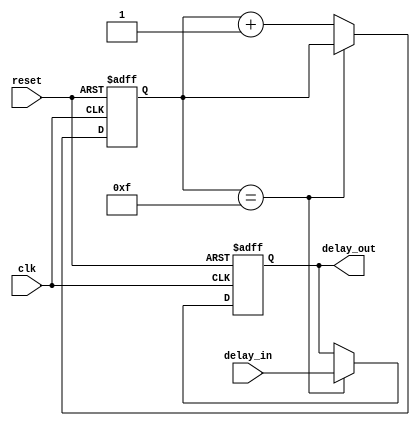
module latch_delay(
    input wire clk,
    input wire reset,
    input wire delay_in,
    output reg delay_out
);

reg [3:0] delay_counter;

always @(posedge clk or posedge reset) begin
    if (reset) begin
        delay_out <= 1'b0;
        delay_counter <= 4'b0;
    end else begin
        if (delay_counter == 4'b1111) begin
            delay_out <= delay_in;
        end else begin
            delay_counter <= delay_counter + 1;
        end
    end
end

endmodule